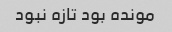
مونده بود تازه نبود